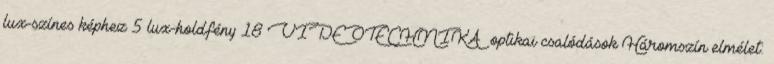
lux-színes képhez 5 lux-holdfény 18 VIDEOTECHNIKA optikai csalódások Háromszín elmélet: